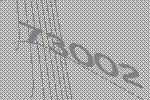
73002